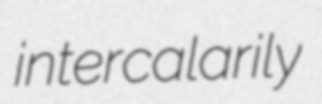
intercalarily